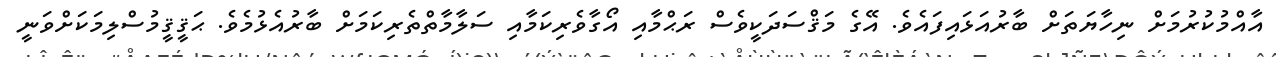
އާއްމުކުރުމަށް ނިހާޔަތަށް ބާރުއަޅައިފައެވެ. އޭގެ މަޤްސަދަކީވެސް ރަޙްމާއި އޯގާވެރިކަމާއި ސަލާމާތްތެރިކަމަށް ބާރުއެޅުމެވެ. ޙަޤީޤީމުސްލިމަކަށްވަނީ